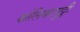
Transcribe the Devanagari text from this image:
कोलिकामुट्ठी